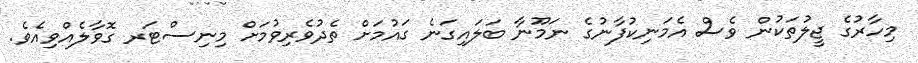
މިހާރުގެ ޖީލުތަކުން ވެސް އެމަނިކުފާނުގެ ނަމޫނާ ބަލައިގަނެ ގައުމަށް ތެދުވެރިވުމަށް މިނިސްޓަރ ގޮވާލެއްވިއެވެ.